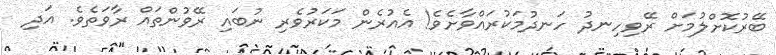
ބޭރުކޮށްލުމަށް ރޭވިހިނދު ހަނދުމަކުރައްވާށެވެ! އެއުރެން މަކަރުވެރި ނުބައި ރޭވުންތައް ރާވަތެވެ. އަދި